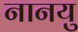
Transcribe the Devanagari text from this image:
नानयु